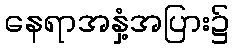
နေရာအနှံ့အပြား၌